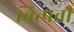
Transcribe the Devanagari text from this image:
वित्पत्ती